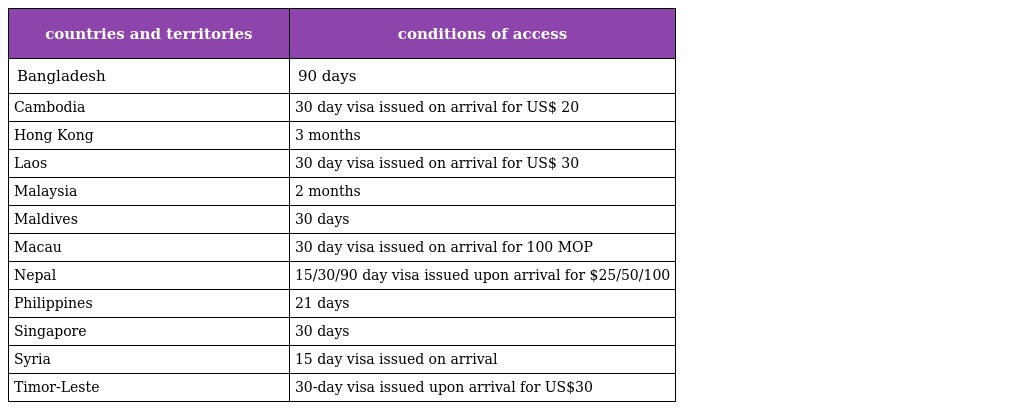
| countries and territories | conditions of access |
 | --- | --- |
 | Bangladesh | 90 days |
 | Cambodia | 30 day visa issued on arrival for US$ 20 |
 | Hong Kong | 3 months |
 | Laos | 30 day visa issued on arrival for US$ 30 |
 | Malaysia | 2 months |
 | Maldives | 30 days |
 | Macau | 30 day visa issued on arrival for 100 MOP |
 | Nepal | 15/30/90 day visa issued upon arrival for $25/50/100 |
 | Philippines | 21 days |
 | Singapore | 30 days |
 | Syria | 15 day visa issued on arrival |
 | Timor-Leste | 30-day visa issued upon arrival for US$30 |